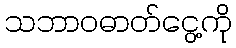
သဘာဝဓာတ်ငွေ့ကို